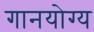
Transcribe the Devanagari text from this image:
गानयोग्य